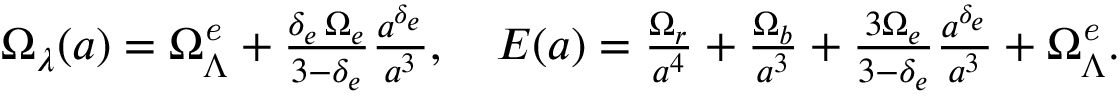
\begin{array} { r } { \Omega _ { \lambda } ( a ) = \Omega _ { \Lambda } ^ { \it e } + \frac { \delta _ { e } \, \Omega _ { e } } { 3 - \delta _ { e } } \frac { a ^ { \delta _ { e } } } { a ^ { 3 } } , \quad E ( a ) = \frac { \Omega _ { r } } { a ^ { 4 } } + \frac { \Omega _ { b } } { a ^ { 3 } } + \frac { 3 \Omega _ { e } } { 3 - \delta _ { e } } \frac { a ^ { \delta _ { e } } } { a ^ { 3 } } + \Omega _ { \Lambda } ^ { \it e } . } \end{array}